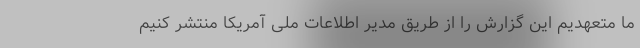
ما متعهدیم این گزارش را از طریق مدیر اطلاعات ملی آمریکا منتشر کنیم